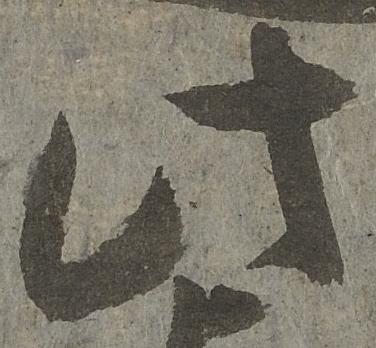
此